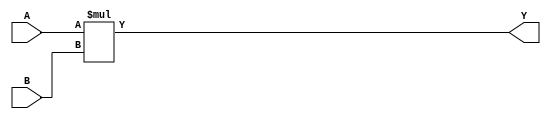
module mult10 (A, B, Y);
	input [9:0] A;
	input [9:0] B;
	output reg [19:0] Y;
	
	always@(A, B) begin
		Y <= A*B;
	end
	
endmodule